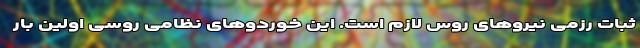
ثبات رزمی نیروهای روس لازم است. این خوردوهای نظامی روسی اولین بار